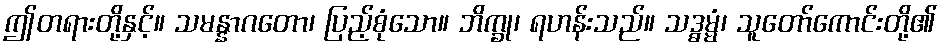
ဤတရားတို့နှင့်။ သမန္နာဂတော၊ ပြည့်စုံသော။ ဘိက္ခု၊ ရဟန်းသည်။ သဒ္ဓမ္မံ၊ သူတော်ကောင်းတို့၏